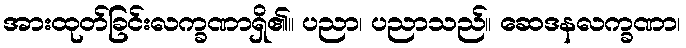
အားထုတ်ခြင်းလက္ခဏာရှိ၏။ ပညာ၊ ပညာသည်။ ဆေဒနလက္ခဏာ၊